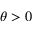
\theta > 0